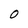
Character: 0